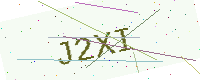
Text: J2XI